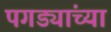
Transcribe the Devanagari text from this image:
पगड्यांच्या